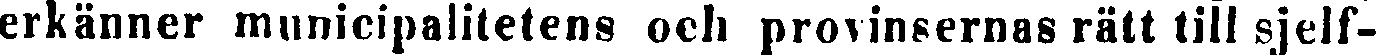
erkänner municipalitetens och provinsernas rätt till sjelf-